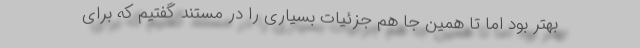
بهتر بود اما تا همین جا هم جزئیات بسیاری را در مستند گفتیم که برای